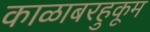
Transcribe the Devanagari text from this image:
काळाबरहुकूम